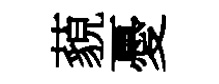
藐憂